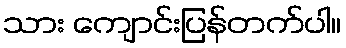
သား ကျောင်းပြန်တက်ပါ။